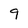
Character: 9